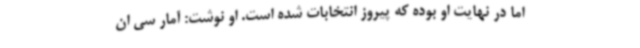
اما در نهایت او بوده که پیروز انتخابات شده است. او نوشت: آمار سی ان